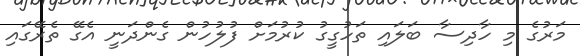
މަރުގެ މި ހާދިސާ ބަލައި ތަހުގީގު ކުރުމަށް ފުލުހުން ގެންދަނީ އެގޭ ތެރޭގައި